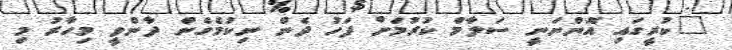
"ކުރީގައި އޮންނަނީ ސަލާމް ކުރުމަށް ފަހު ދެން ނިކުމެގެން ދާންވީ މިހާރު މި